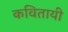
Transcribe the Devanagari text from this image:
कवितायी